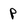
Character: P